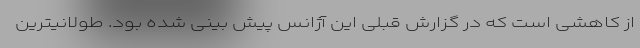
از کاهشی است که در گزارش قبلی این آژانس پیش بینی شده بود. طولانیترین